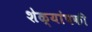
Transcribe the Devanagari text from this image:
शेळ्यांपकी